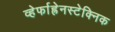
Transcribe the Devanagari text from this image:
व्हेर्फाह्रेनस्टेक्निक